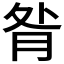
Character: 𦚅